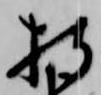
持